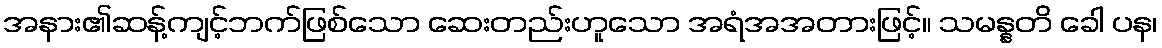
အနား၏ဆန့်ကျင့်ဘက်ဖြစ်သော ဆေးတည်းဟူသော အရံအအတားဖြင့်။ သမန္နတိ ခေါ ပန၊